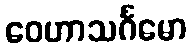
ဝေဟာသင်္ဂမော